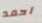
احمد